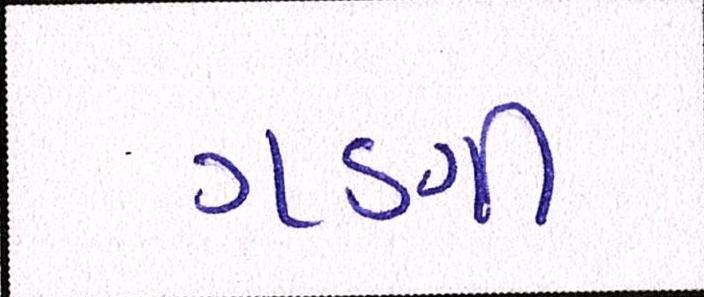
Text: ગણી